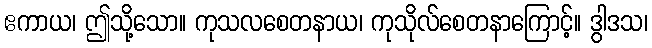
ဧကာယ၊ ဤသို့သော။ ကုသလစေတနာယ၊ ကုသိုလ်စေတနာကြောင့်။ ဒွါဒသ၊